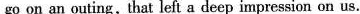
go on an outing, that left a deep impression on us.